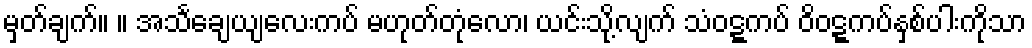
မှတ်ချက်။ ။ အသင်္ချေယျလေးကပ် မဟုတ်တုံလော၊ ယင်းသို့လျက် သံဝဋ္ဋကပ် ဝိဝဋ္ဋကပ်နှစ်ပါးကိုသာ